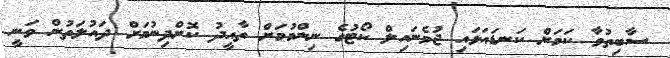
ސާބިތުވާ ކަމަށް ކަނޑައަޅައި ޖުވެނައިލް ކޯޓުގެ ނިންމުމަށް ތާއީދު ކޮށްދިނުމަށް ދައުލަތުން ވަނީ